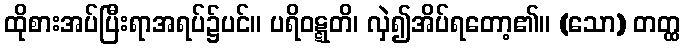
ထိုစားအပ်ပြီးရာအရပ်၌ပင်။ ပရိဝဋ္ဋတိ၊ လှဲ၍အိပ်ရတော့၏။ (သော) တတ္ထ